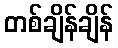
တစ်ချိန်ချိန်